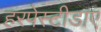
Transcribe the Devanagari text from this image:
हरपेस्टीडाए